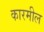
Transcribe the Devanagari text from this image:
कारमील